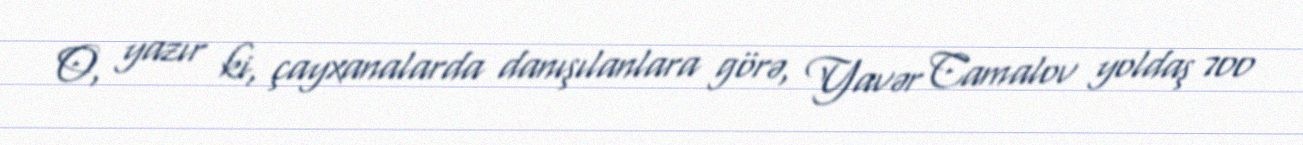
O, yazır ki, çayxanalarda danışılanlara görə, Yavər Camalov yoldaş 700